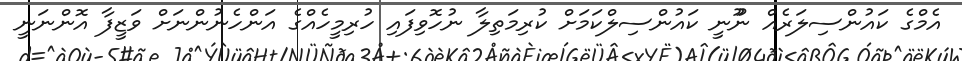
އެމްގެ ކައުންސިލަރެއް ނުޫނީ ކައުންސިލްކަމަށް ކުރިމަތިލާ ނުހޮވިފައި ހުރިމީހެއްގެ އަންހެނުންނަށް ވަޒީފާ އޮންނަނީ